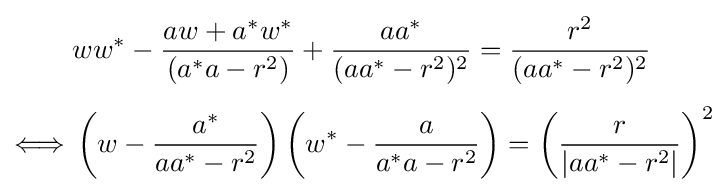
{\begin{aligned}&ww^{*}-{\frac {aw+a^{*}w^{*}}{(a^{*}a-r^{2})}}+{\frac {aa^{*}}{(aa^{*}-r^{2})^{2}}}={\frac {r^{2}}{(aa^{*}-r^{2})^{2}}}\\[4pt]\Longleftrightarrow {}&\left(w-{\frac {a^{*}}{aa^{*}-r^{2}}}\right)\left(w^{*}-{\frac {a}{a^{*}a-r^{2}}}\right)=\left({\frac {r}{\left|aa^{*}-r^{2}\right|}}\right)^{2}\end{aligned}}